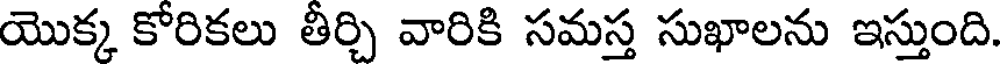
యొక్క కోరికలు తీర్చి వారికి సమస్త సుఖాలను ఇస్తుంది.